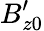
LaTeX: B_{z0}^{\prime}